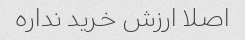
اصلا ارزش خرید نداره